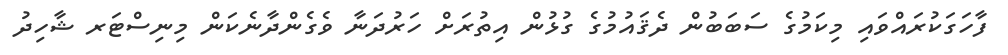
ފާހަގަކުރައްވައި މިކަމުގެ ސަބަބުން ދެޤައުމުގެ ގުޅުން އިތުރަށް ހަރުދަނާ ވެގެންދާނެކަން މިނިސްޓަރ ޝާހިދު